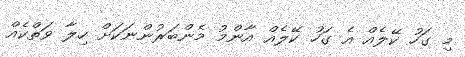
މި ގަހު ކޭލެއް އެ ގަހު ކޭލެއް އާންމު މެންބަރުންނަކަށް ހިލާ ވަތްކެއް